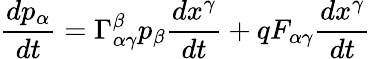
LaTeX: {\frac{dp_{\alpha}}{dt}}=\Gamma_{\alpha\gamma}^{\beta}p_{\beta}{\frac{dx^{\gamma}}{dt}}+qF_{\alpha\gamma}{\frac{dx^{\gamma}}{dt}}